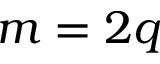
m = 2 q